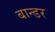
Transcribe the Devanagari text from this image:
बान्डर